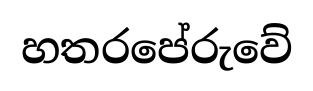
හතරපේරුවේ